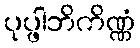
ပုပ္ဖါဘိကိဏ္ဏံ